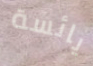
يائسة